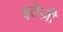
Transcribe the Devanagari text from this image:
इतेज़ी